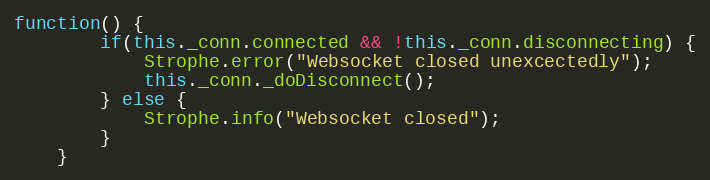
Language: JavaScript
function() {
        if(this._conn.connected && !this._conn.disconnecting) {
            Strophe.error("Websocket closed unexcectedly");
            this._conn._doDisconnect();
        } else {
            Strophe.info("Websocket closed");
        }
    }